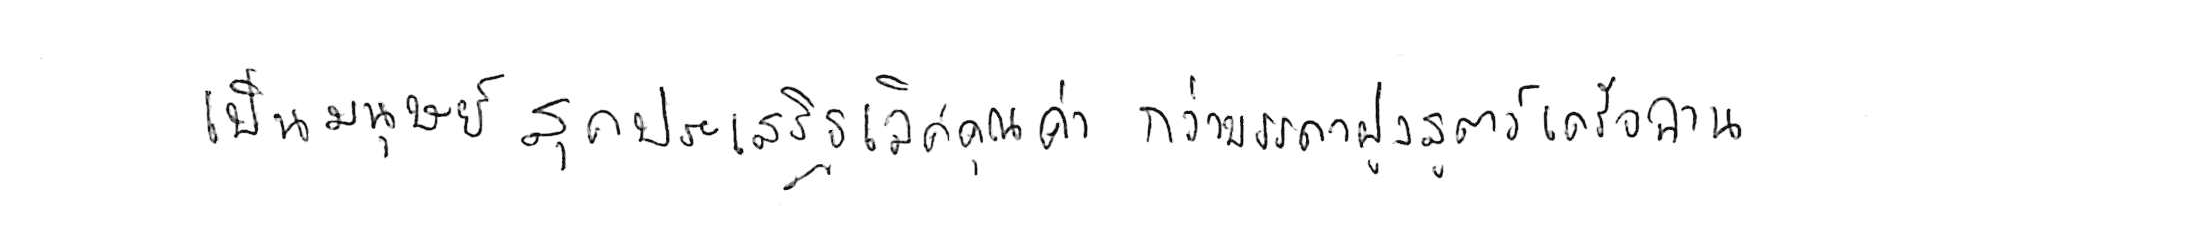
เป็นมนุษย์สุดประเสริฐเลิศคุณค่า กว่าบรรดาฝูงสัตว์เดรัจฉาน